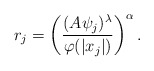
\begin{align*} r_j =\left(\frac{(A\psi_j)^\lambda}{\varphi(|x_j|)}\right)^\alpha . \end{align*}